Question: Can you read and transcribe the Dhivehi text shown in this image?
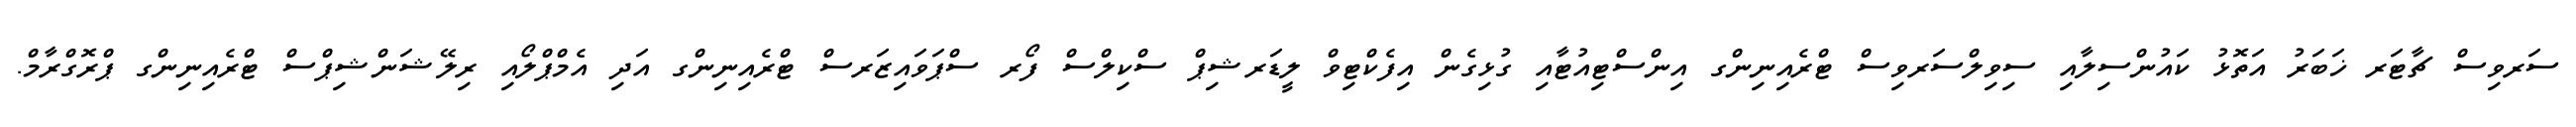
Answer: ސަރވިސް ޗާޓަރ ޚަބަރު އަތޮޅު ކައުންސިލާއި ސިވިލްސަރވިސް ޓްރެއިނިންގ އިންސްޓިއުޓާއި ގުޅިގެން އިފެކްޓިވް ލީޑަރޝިޕް ސްކިލްސް ފޯރ ސްޕަވައިޒަރސް ޓްރެއިނިންގ އަދި އެމްޕްލޯއި ރިލޭޝަންޝިޕްސް ޓްރެއިނިންގ ޕްރޮގްރާމް.